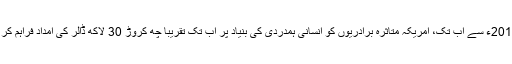
اکتوبر 2016ء سے اب تک، امریکہ متاثرہ برادریوں کو انسانی ہمدردی کی بنیاد پر اب تک تقریباً چھ کروڑ 30 لاکھ ڈالر کی امداد فراہم کر چکا ہے۔